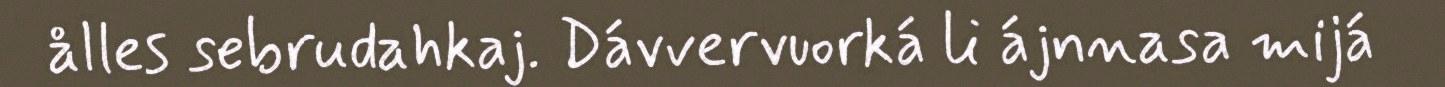
ålles sebrudahkaj. Dávvervuorká li ájnnasa mijá